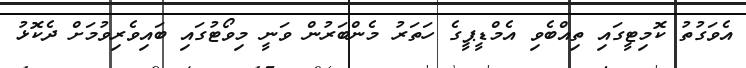
އެވަގުތު ކޮމިޓީގައި ތިއްބެވި އެމްޑީޕީގެ ހަތަރު މެންބަރުން ވަނީ މިވޯޓުގައި ބައިވެރިވުމަށް ދެކޮޅު